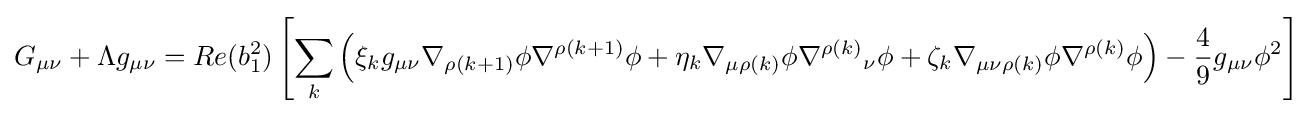
G_{\mu \nu }+\Lambda g_{\mu \nu }=Re(b_{1}^{2})\left[\sum _{k}\left(\xi _{k}g_{\mu \nu }\nabla _{\rho (k+1)}\phi \nabla ^{\rho (k+1)}\phi +\eta _{k}\nabla _{\mu \rho (k)}\phi \nabla ^{\rho (k)}{}_{\nu }\phi +\zeta _{k}\nabla _{\mu \nu \rho (k)}\phi \nabla ^{\rho (k)}\phi \right)-{\frac {4}{9}}g_{\mu \nu }\phi ^{2}\right]